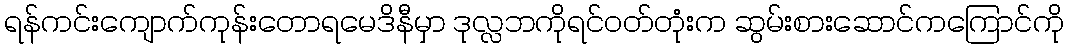
ရန်ကင်းကျောက်ကုန်းတောရမေဒိနီမှာ ဒုလ္လဘကိုရင်ဝတ်တုံးက ဆွမ်းစားဆောင်ကကြောင်ကို